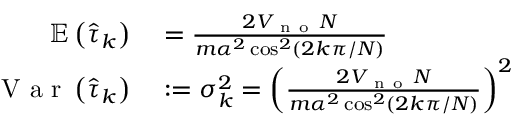
\begin{array} { r l } { \mathbb { E } \left( \hat { \tau } _ { k } \right) } & { { } = \frac { 2 V _ { \mathrm { ~ n ~ o ~ } } N } { m \alpha ^ { 2 } \cos ^ { 2 } \left( 2 k \pi / N \right) } } \\ { \mathrm { ~ V ~ a ~ r ~ } \left( \hat { \tau } _ { k } \right) } & { { } : = \sigma _ { k } ^ { 2 } = \left( \frac { 2 V _ { \mathrm { ~ n ~ o ~ } } N } { m \alpha ^ { 2 } \cos ^ { 2 } \left( 2 k \pi / N \right) } \right) ^ { 2 } } \end{array}